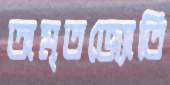
অমৃতজ্যোতি